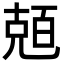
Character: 兡